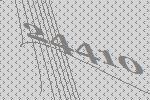
24410